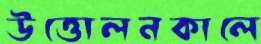
উত্তোলনকালে